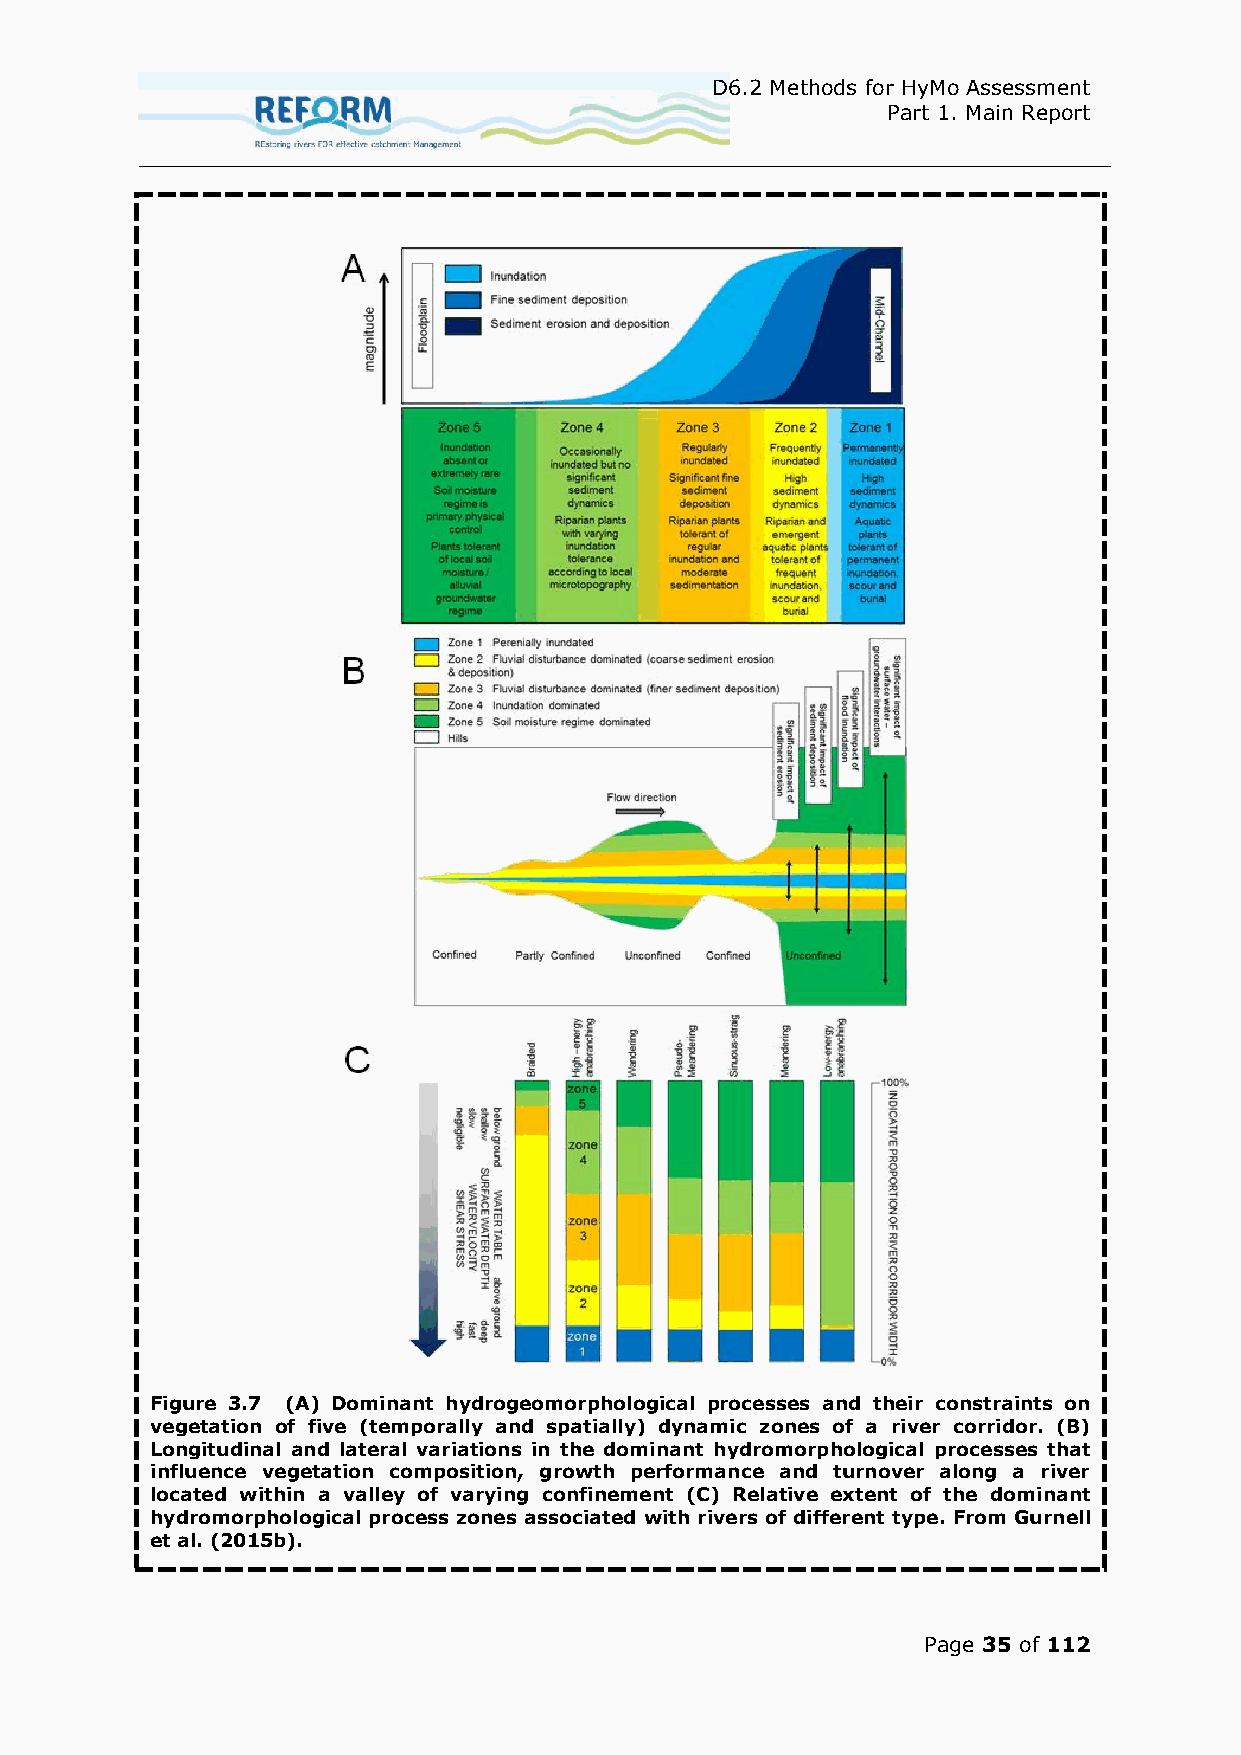
D6.2 Methods for HyMo Assessment
 Part 1. Main Report
 Figure 3.7 (A) Dominant hydrogeomorphological processes and their constraints on
 vegetation of five (temporally and spatially) dynamic zones of a river corridor. (B)
 Longitudinal and lateral variations in the dominant hydromorphological processes that
 influence vegetation composition, growth performance and turnover along a river
 located within a valley of varying confinement (C) Relative extent of the dominant
 hydromorphological process zones associated with rivers of different type. From Gurnell
 et al. (2015b).
 Page 35 of 112